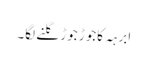
ابرہہ کاجوڑ جوڑ گلنے لگا۔